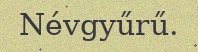
Névgyűrű.